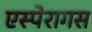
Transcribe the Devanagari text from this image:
एस्पेरागस